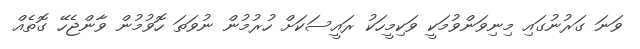
ވަނަ ގަރުނުގައި މިނިވަންވުމަކީ ވަކިމީހަކު ރައީސަކަށް ހުރުމުން ނުވަތަ ހޮވުމުން ވާންޖެހޭ ގޮތެއް